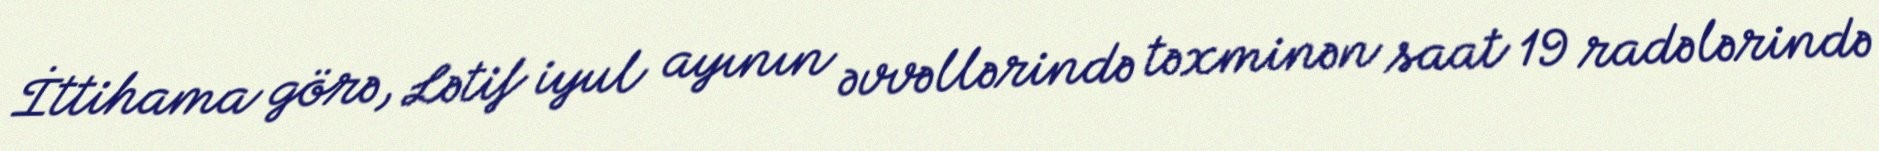
İttihama görə, Lətif iyul ayının əvvəllərində təxminən saat 19 radələrində